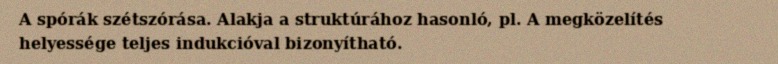
A spórák szétszórása. Alakja a struktúrához hasonló, pl. A megközelítés helyessége teljes indukcióval bizonyítható.